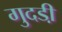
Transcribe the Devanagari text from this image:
गुदडी़